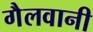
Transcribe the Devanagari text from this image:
गैलवानी